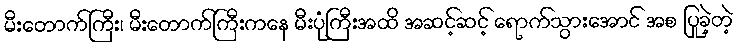
မီးတောက်ကြီး၊ မီးတောက်ကြီးကနေ မီးပုံကြီးအထိ အဆင့်ဆင့် ရောက်သွားအောင် အစ ပြုခဲ့တဲ့